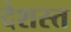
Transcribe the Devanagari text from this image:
देशस्त